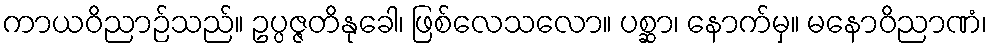
ကာယဝိညာဉ်သည်။ ဥပ္ပဇ္ဇတိနုခေါ၊ ဖြစ်လေသလော။ ပစ္ဆာ၊ နောက်မှ။ မနောဝိညာဏံ၊